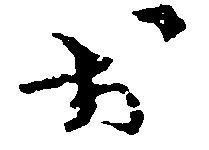
お